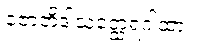
ဇောတိဒါသတ္ထေရဂါထာ။